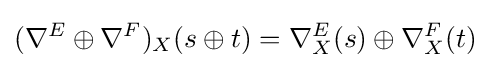
(\nabla ^{E}\oplus \nabla ^{F})_{X}(s\oplus t)=\nabla _{X}^{E}(s)\oplus \nabla _{X}^{F}(t)